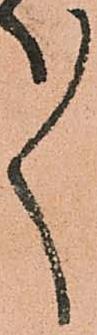
ゝ